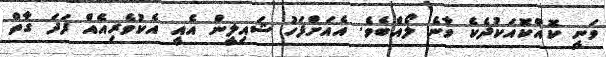
ވަނީ ކޮއްކޮއަކުދެކެ ވާނެ ލޯއްބެވެ. އެއަށްފަހު ޝައިލީން އެއީ އެކުވެރިއެއް ފަދަ ގާތް